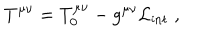
T ^ { \mu \nu } = T _ { 0 } ^ { \mu \nu } - g ^ { \mu \nu } \mathcal { L } _ { \mathrm { i n t } } \; ,